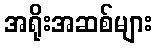
အရိုးအဆစ်များ